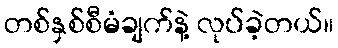
တစ်နှစ်စီမံချက်နဲ့ လုပ်ခဲ့တယ်။